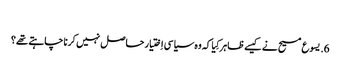
‏
6.‏ یسوع مسیح نے کیسے ظاہر کِیا کہ وہ سیاسی اِختیار حاصل نہیں کرنا چاہتے تھے؟